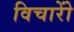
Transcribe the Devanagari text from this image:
विचारोें